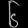
Digit: ၆